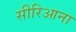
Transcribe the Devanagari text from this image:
सीरिआना